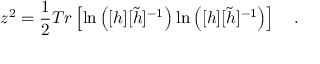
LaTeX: z ^ { 2 } = \frac { 1 } { 2 } T r \left[ \ln \left( [ h ] [ \tilde { h } ] ^ { - 1 } \right) \ln \left( [ h ] [ \tilde { h } ] ^ { - 1 } \right) \right] ~ ~ ~ . \nonumber